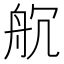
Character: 𮎃